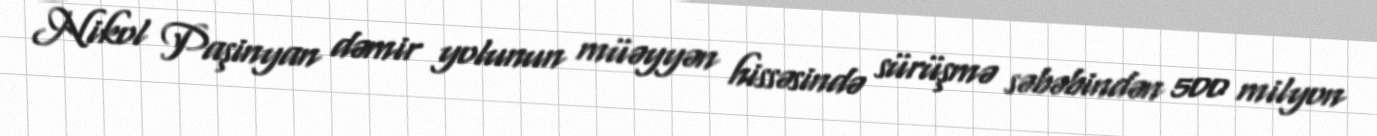
Nikol Paşinyan dəmir yolunun müəyyən hissəsində sürüşmə səbəbindən 500 milyon